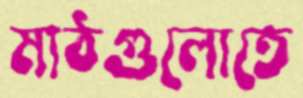
মাঠগুলোতে